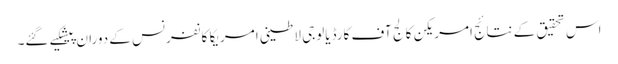
اس تحقیق کے نتائج امریکن کالج آف کارڈیالوجی لاطینی امریکا کانفرنس کے دوران پیشکیے گئے۔